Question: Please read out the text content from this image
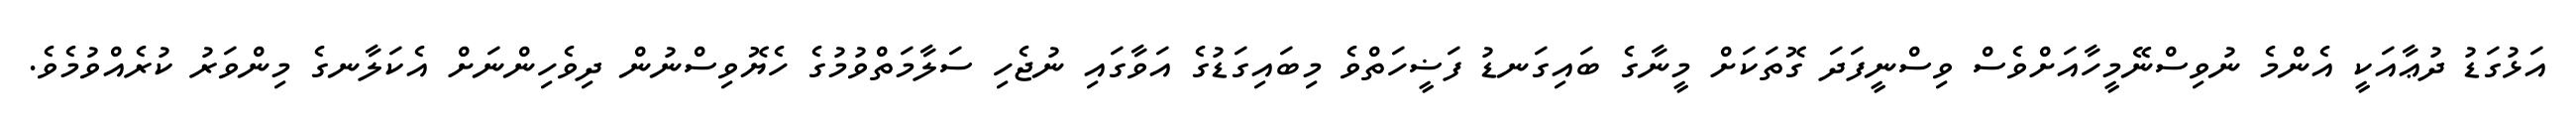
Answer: އަޅުގަޑު ދުޢާއަކީ އެންމެ ނުވިސްނޭމީހާއަށްވެސް ވިސްނީފަދަ ގޮތަކަށް މީނާގެ ބައިގަނޑު ފަޟީހަތްވެ މިބައިގަޑުގެ އަވާގައި ނުޖެހި ސަލާމަތްވުމުގެ ހެޔޮވިސްނުން ދިވެހިންނަށް އެކަލާނގެ މިންވަރު ކުރެއްވުމެވެ.